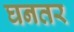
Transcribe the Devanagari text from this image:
घनतर